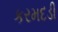
કરમદડી